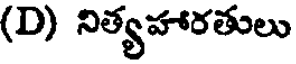
(D) నిత్యహారతులు